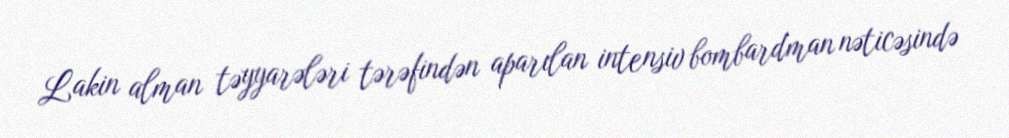
Lakin alman təyyarələri tərəfindən aparılan intensiv bombardman nəticəsində